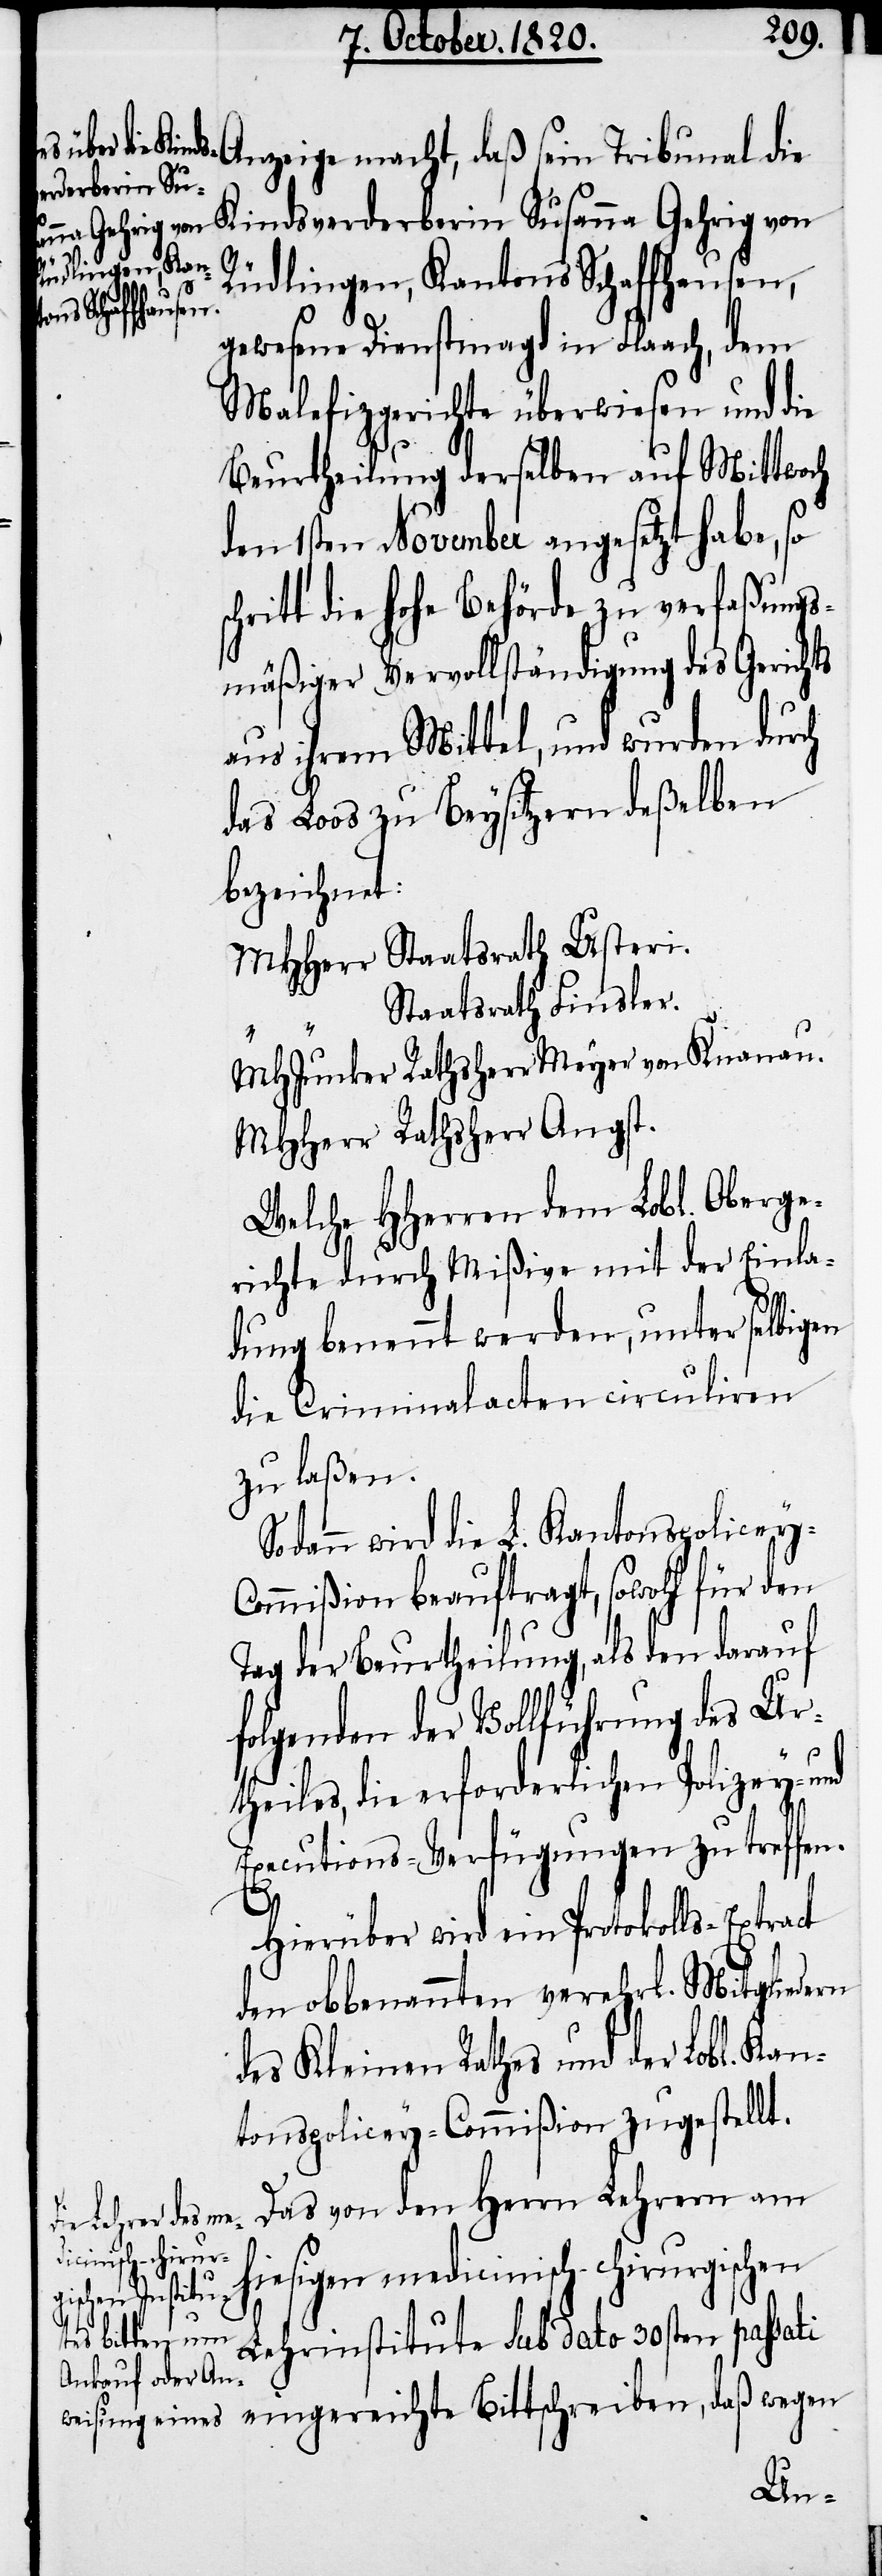
schreiben,

Anzeige macht, daß sein Tribunal die
Kindsverderberin Susanna Gehrig von
Rüdlingen, Kantons Schaffhausen,
gewesene Dienstmagd in Flaach, dem
Malefizgerichte überwiesen und die
Beurtheilung derselben auf Mittwoch
den 1sten November angesetzt habe, so
hritt die hohe Behörde zu verfaßungs¬
mäßiger Vervollständigung des Gerichts
aus ihrem Mittel, und wurden durch
das Loos zu Beysitzern deßelben
bezeichnet:
MHherr Staatsrath Usteri.
“	 Staatsrath Finsler.
MHJunker Rathsherr Meyer von Knonau.
MHherr Rathsherr Angst.
Welche Hherren dem Lobl. Oberge¬
richte durch Mißive mit der Einla¬
dung benennt werden, unter selbigen
die Criminalacten circuliren
zu laßen.
Sodann wird die L. Kantonspolicey-C¬
ommißion beauftragt, sowohl für den
Tag der Beurtheilung, als den darauf
folgenden der Vollführung des Ur¬
theiles, die erforderlichen Polizey- und
Executions-Verfügungen zu treffen.
sc¬
Hierüber wird ein Protokolls-Extract
den obbenannten verehrl. Mitgliedern
des Kleinen Rathes und der Lobl. Kan¬
tonspolicey-Commißion zugestellt.
Das von den Herrn Lehrern am
hiesigen medicinisch-chirurgischen
Lehrinstitute sub dato 30sten passati